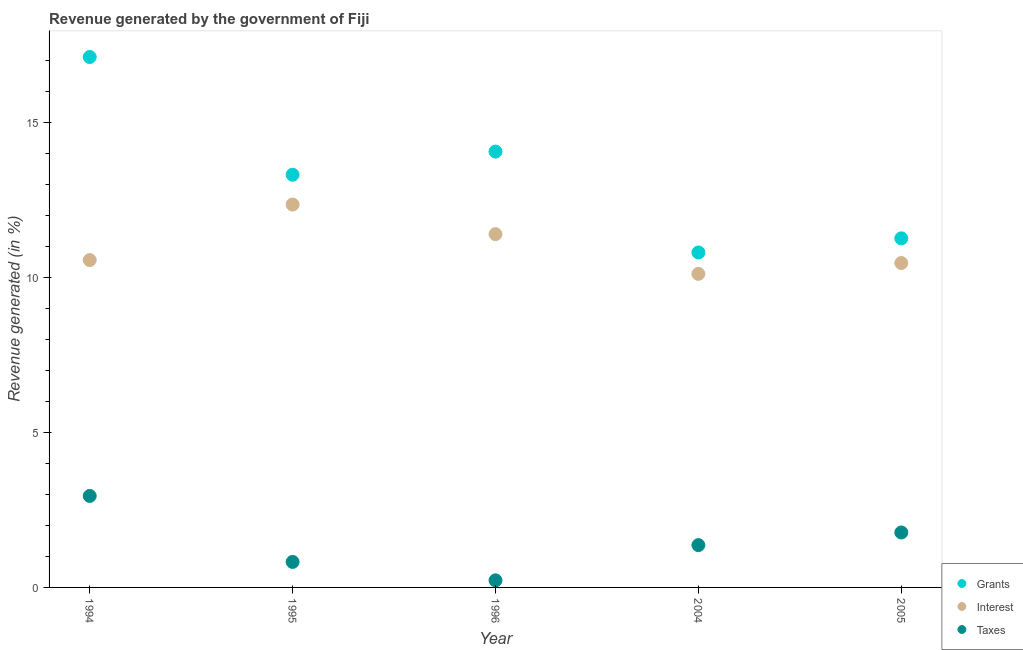
| Year | Grants | Interest | Taxes |
 | --- | --- | --- | --- |
 | 1994 | 17.1 | 10.6 | 2.95 |
 | 1995 | 13.3 | 12.4 | 0.823 |
 | 1996 | 14.1 | 11.4 | 0.229 |
 | 2004 | 10.8 | 10.1 | 1.37 |
 | 2005 | 11.3 | 10.5 | 1.77 |